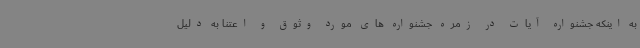
به اینکه جشنواره آیات در زمره جشنواره های مورد وثوق و اعتنا به دلیل